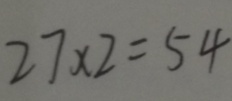
2 7 \times 2 = 5 4